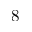
8